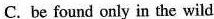
C. be found only in the wild